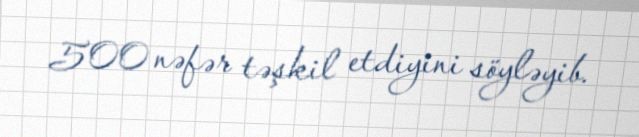
500 nəfər təşkil etdiyini söyləyib.